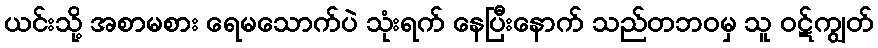
ယင်းသို့ အစာမစား ရေမသောက်ပဲ သုံးရက် နေပြီးနောက် သည်တဘဝမှ သူ ဝဋ်ကျွတ်